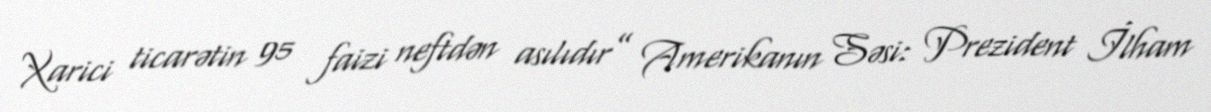
Xarici ticarətin 95 faizi neftdən asılıdır” Amerikanın Səsi: Prezident İlham